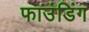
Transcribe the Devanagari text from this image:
फाउंडिंग